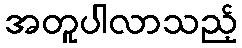
အတူပါလာသည့်